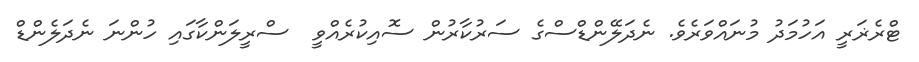
ޓްރެޜަރީ އަހުމަދު މުނައްވަރެވެ. ނެދަލޭންޑްސްގެ ސަރުކާރުން ސޮއިކުރެއްވީ  ސްރީލަންކާގައި ހުންނަ ނެދަލެންޑް